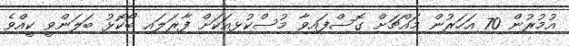
އުމުރުން 70 އަހަރުން މައްޗަށް ގޮސްފައިވާ މުސްކުޅިއަކަށް ފާރަލައި ބޯކޮޅު ބަލަންވީ ކީއްވެ